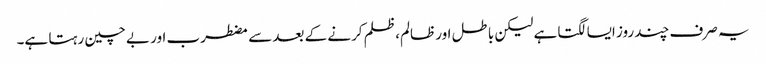
یہ صرف چند روز ایسا لگتا ہے لیکن باطل اور ظالم، ظلم کرنے کے بعد سے مضطرب اور بے چین رہتا ہے۔